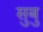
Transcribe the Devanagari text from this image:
सुबु